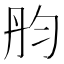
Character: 𠣝